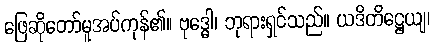
ဖြေဆိုတော်မူအပ်ကုန်၏။ ဗုဒ္ဓေါ၊ ဘုရားရှင်သည်။ ယဒိတိဋ္ဌေယျ၊